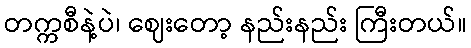
တက္ကစီနဲ့ပဲ၊ ဈေးတော့ နည်းနည်း ကြီးတယ်။